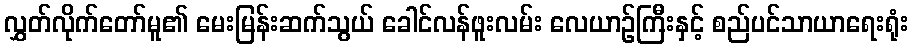
လွှတ်လိုက်တော်မူ၏ မေးမြန်းဆက်သွယ် ခေါင်လန်ဖူးလမ်း လေယာဉ်ကြီးနှင့် စည်ပင်သာယာရေးရုံး